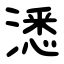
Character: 㴽